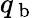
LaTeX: q_{\mathrm{~b~}}